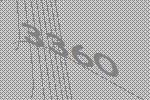
3360